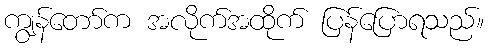
ကျွန်တော်က အလိုက်အထိုက် ပြန်ပြောရသည်။